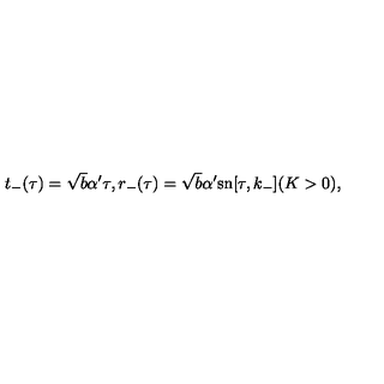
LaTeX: t _ { - } ( \tau ) = \sqrt { b } \alpha ^ { \prime } \tau , r _ { - } ( \tau ) = \sqrt { b } \alpha ^ { \prime } \mathrm { s n } [ \tau , k _ { - } ] ( K > 0 ) ,